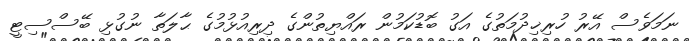
ނަމަވެސް އޭރު ހުރިޚިދުމަތުގެ އަގު ބޮޑުކަމުން ރައްޔިތުންގެ ދިރިއުޅުމުގެ ޙާލަތާ ނުގުޅި ބޭސްސިޓީ